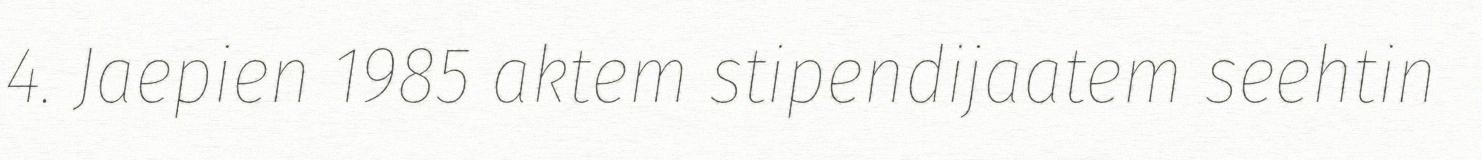
4. Jaepien 1985 aktem stipendijaatem seehtin